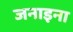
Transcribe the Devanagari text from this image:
जनाइना